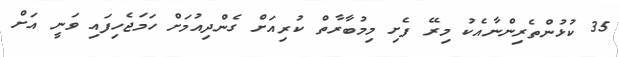
35 ކުޅުންތެރިންނާއެކު މިރޭ ފެށި މިމުބާރާތް ކުރިއަށް ގެންދިއުމަށް ހަމަޖެހިފައި ވަނީ އަށް